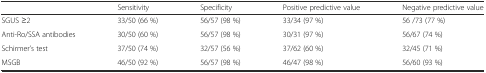
<table><thead><tr><td></td><td><b>Sensitivity</b></td><td><b>Specificity</b></td><td><b>Positive predictive value</b></td><td><b>Negative predictive value</b></td></tr></thead><tbody><tr><td>SGUS ≥2</td><td>33/50 (66 %)</td><td>56/57 (98 %)</td><td>33/34 (97 %)</td><td>56 /73 (77 %)</td></tr><tr><td>Anti-Ro/SSA antibodies</td><td>30/50 (60 %)</td><td>56/57 (98 %)</td><td>30/31 (97 %)</td><td>56/67 (74 %)</td></tr><tr><td>Schirmer’s test</td><td>37/50 (74 %)</td><td>32/57 (56 %)</td><td>37/62 (60 %)</td><td>32/45 (71 %)</td></tr><tr><td>MSGB</td><td>46/50 (92 %)</td><td>56/57 (98 %)</td><td>46/47 (98 %)</td><td>56/60 (93 %)</td></tr></tbody></table>